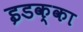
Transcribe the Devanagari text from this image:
इडक्‍का